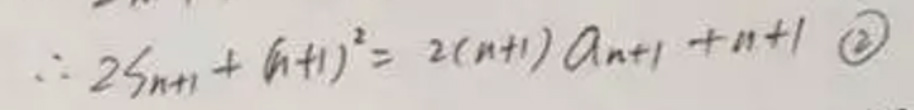
\[
\therefore 2S_{n + 1}+(n + 1)^2=2(n + 1)a_{n+1}+n + 1\quad\textcircled{2}
\]